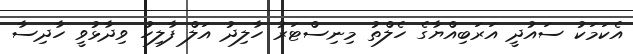
އެކަމަކު ސައުދީ އަރަބިއްޔާގެ ހެލްތު މިނިސްޓަރު ހާލިދު އަލް ފާލިހު ވިދާޅުވީ ހާދިސާ